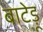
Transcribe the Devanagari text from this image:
बाटेड़ू